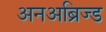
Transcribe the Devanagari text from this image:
अनअब्रिज्ड